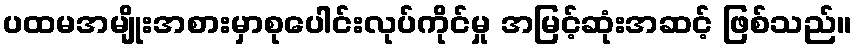
ပထမအမျိုးအစားမှာစုပေါင်းလုပ်ကိုင်မှု အမြင့်ဆုံးအဆင့် ဖြစ်သည်။